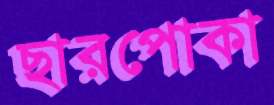
ছারপোকা